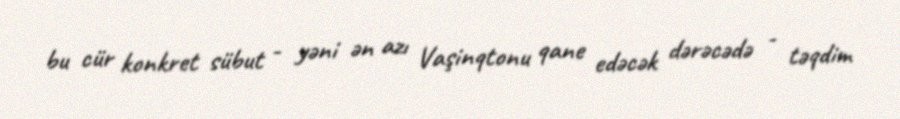
bu cür konkret sübut - yəni ən azı Vaşinqtonu qane edəcək dərəcədə - təqdim